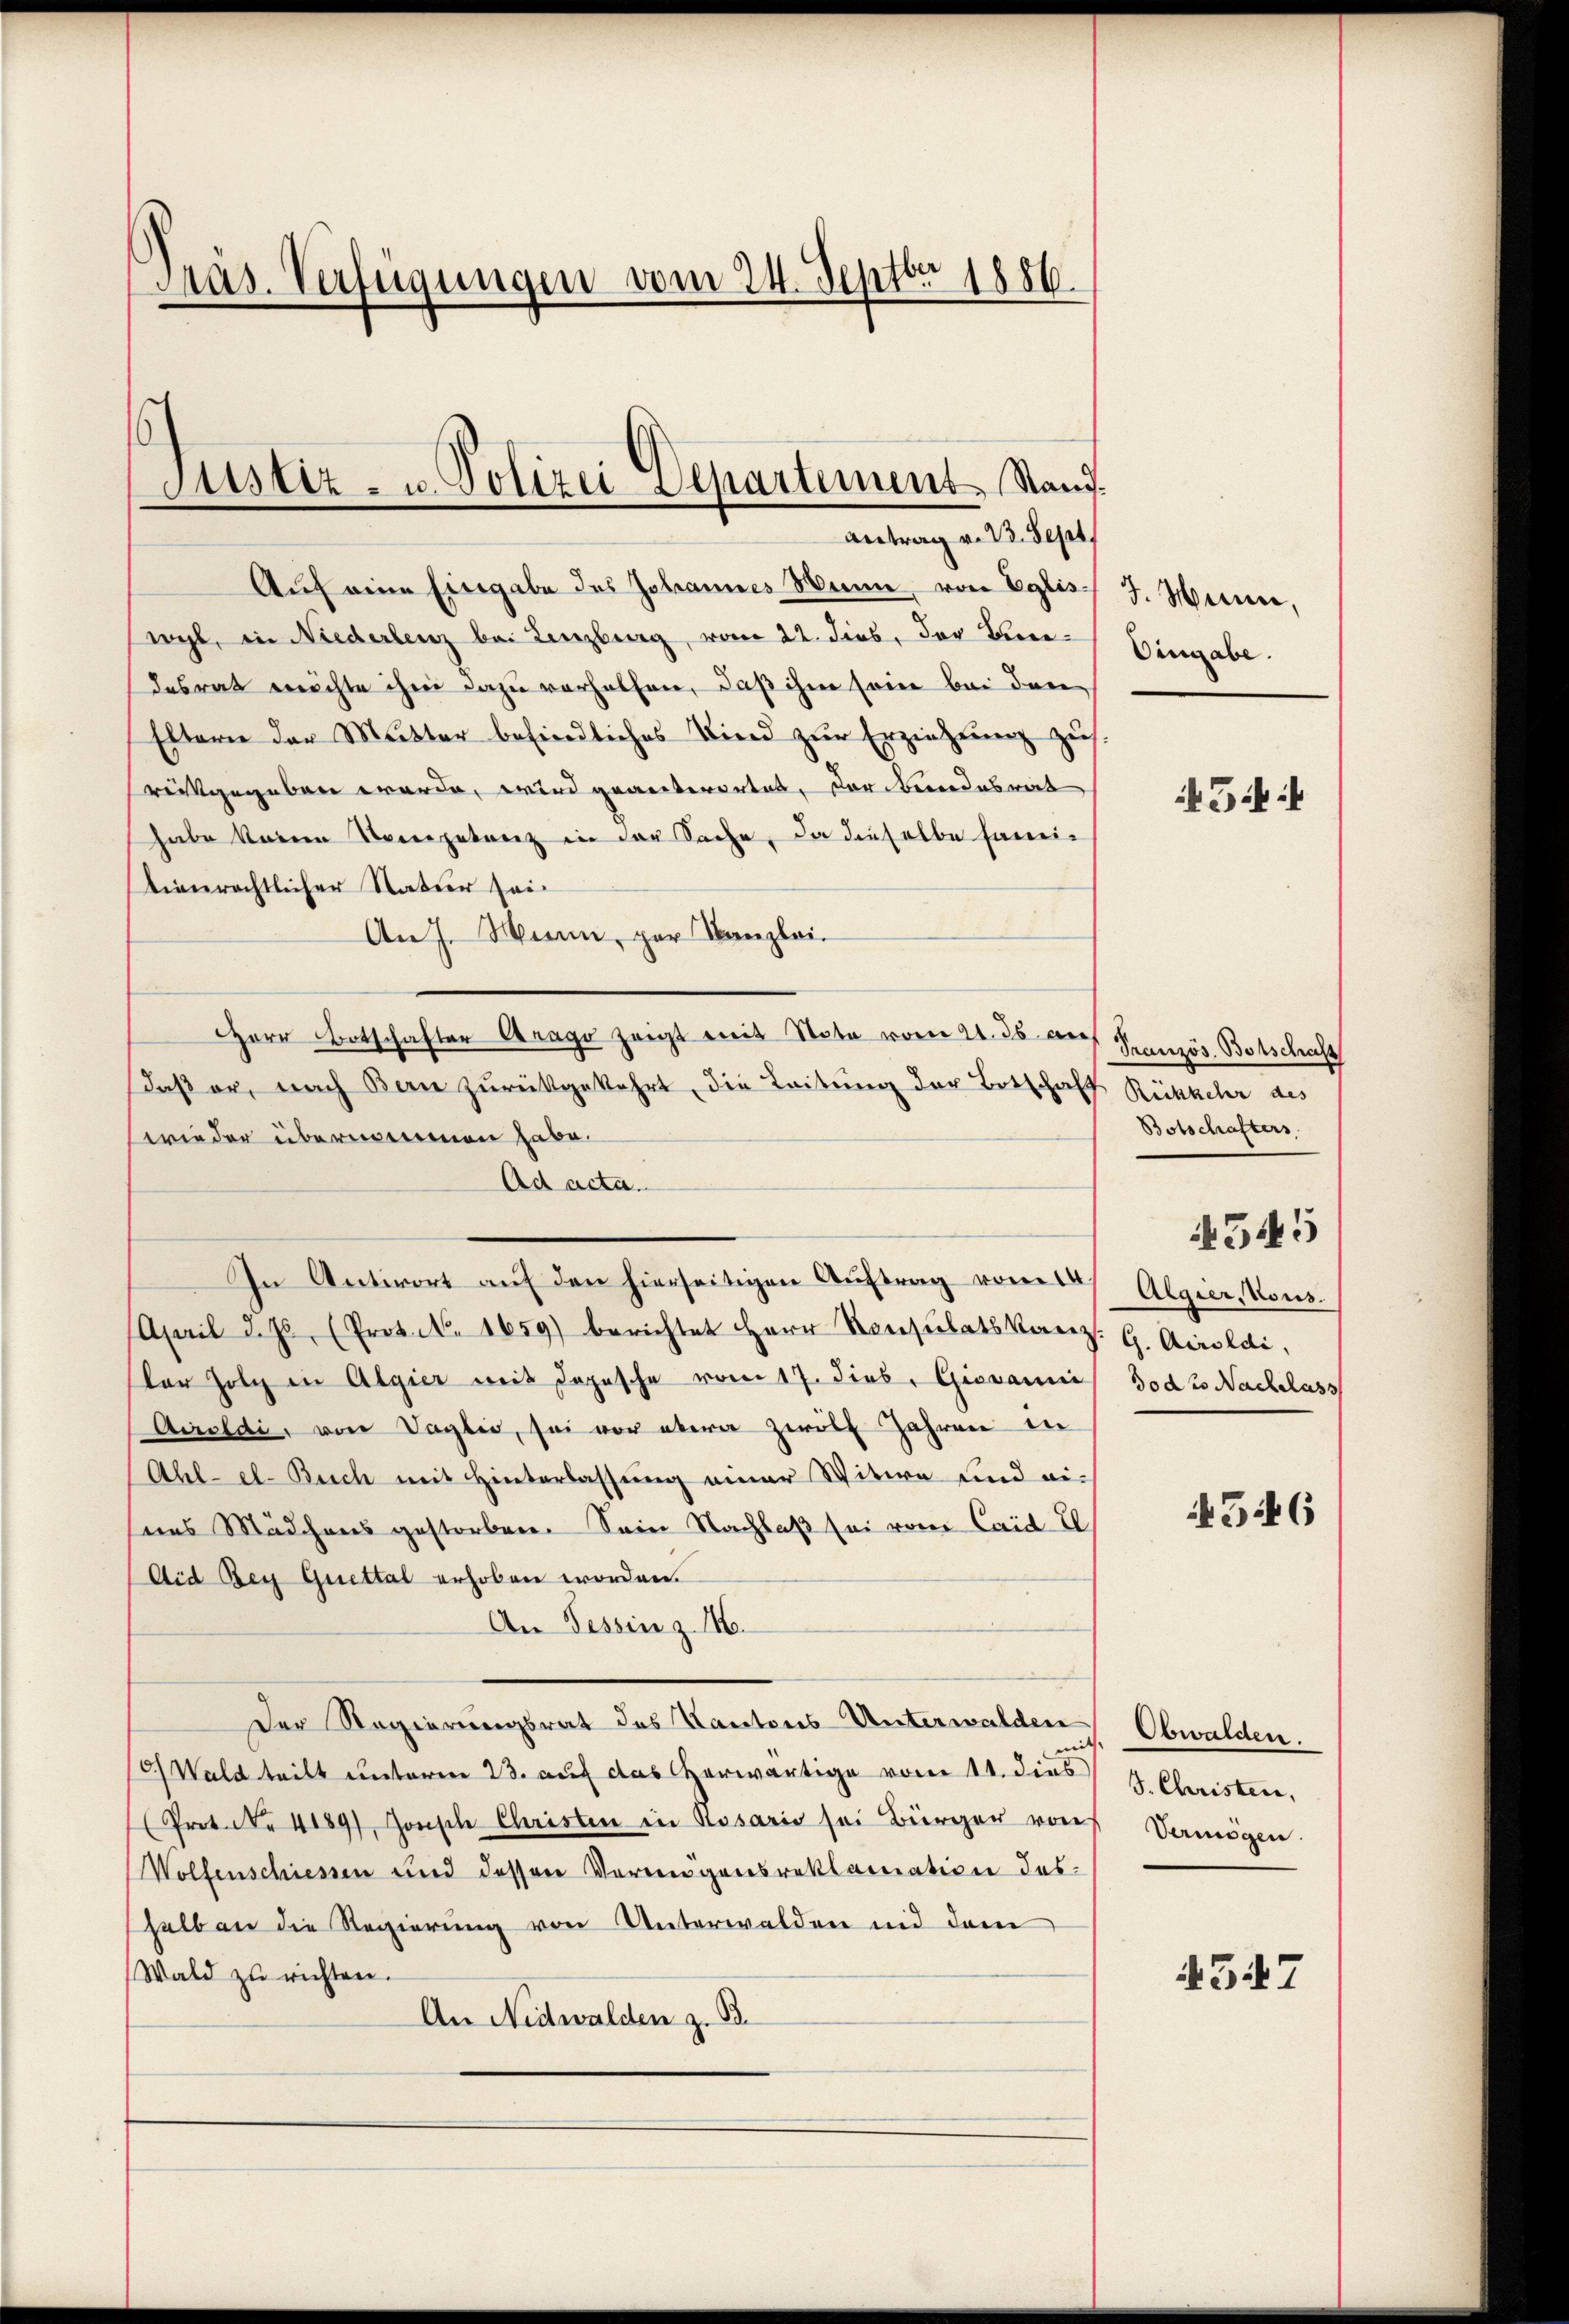
Präs. Verfügungen vom 24. Septbr 1886.

Auf eine Eingabe des Johannes Mann, von Eglis-
wyl, in Niederlenz bei Lenzburg, vom 22. dies, der Leeredesrat möchte ihm dazu verhelfen, daß ihm sein bei den
Eltern der Mutter befindliches Vierd zŭr Erziehung zus.
reitgegeben werde, wird geanterortet, der Bundesrat
habe keinen Vorgetanz in der Sache, da dieselbe Famitienrechtlicher Natur sei.
An J. Wenn, zur Kanzlei-
Herr Botschafter Arago zeigt mit Note vom 21. ds. an
daß er, nach Bern zurückgekehrt, die Leitung der Botschaft Rückkehr des
wieder übernommen habe.
Ad acta.
In Antwort auf den hierseitigen Auftrag vom 14
April d. Js. (Protol. 1659) berichtet Herr Konsulatskanz. G. Airoldi,
tor Holz in Algier mit Depesche vom 17. dies. Giovanni
Airoldi, von Vaglio, sei vor aber zwölf Jahren in
Ahl-el- Buch mit Hinterlassung einer Witwe und eisens Mädchens gestorben. Sein Nachlaß sei vom Caid El
Aid Bey Quettal erhoben worden.
An Tessin z. 16.
Der Regierungsrat des Kantons Unterwalden Obwalden.
) Wald teilt unterm 23. auf das vorwärtige vom 11. dies
(Prot. Nr. 4189), Jonsch Christen in Rosario sei Bürger von Vermögen.
Wolfenschiessen und dessen Vermigensreklamation des
halb an die Regierung von Unterwalden und dem
Wald zu richten.
An Nidwalden z. B.

Justiz- u. Polizei Departement. Stand.
Antrag v. B. Sept.

J. Wenn,
Eingabe.

54:

Französ. Botschaft
Botschafters
545
Algier, Kons.
Jodlo Nachlass

546

4547

J. Christen,